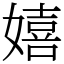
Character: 嬉